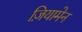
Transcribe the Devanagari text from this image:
ज़ियामेन